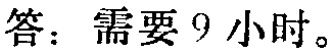
答：需要 9 小时。